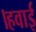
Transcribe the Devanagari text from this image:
।हवाई